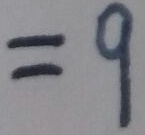
= 9